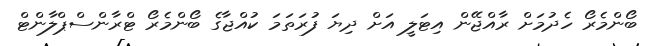
ބޯންމެރޯ ހެދުމަށް ރާއްޖޭން އިޓަލީ އަށް ދިޔަ ފުރަތަމަ ކުއްޖާގެ ބޯންމެރޯ ޓްރާންސްޕްލާންޓް